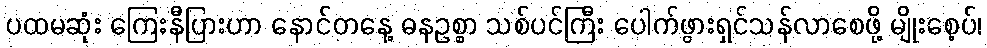
ပထမဆုံး ကြေးနီပြားဟာ နောင်တနေ့ ဓနဥစ္စာ သစ်ပင်ကြီး ပေါက်ဖွားရှင်သန်လာစေဖို့ မျိုးစေ့ပ်၊